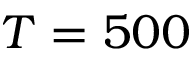
T = 5 0 0